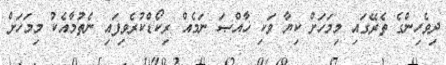
ދިވެހިންގެ ތެރޭގައި މިމަހަށް ކިޔާ ވަކި ޚާއްޞަ ނަމެއް ރިކޯޑްކުރެވިފައި ނެތުމާއެކު މިމަހަށް